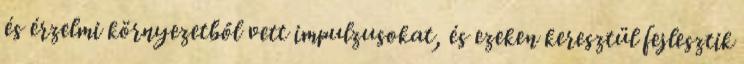
és érzelmi környezetből vett impulzusokat, és ezeken keresztül fejlesztik